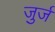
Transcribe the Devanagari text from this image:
जुर्ज